Indian Civil Veterinary Department memoirs
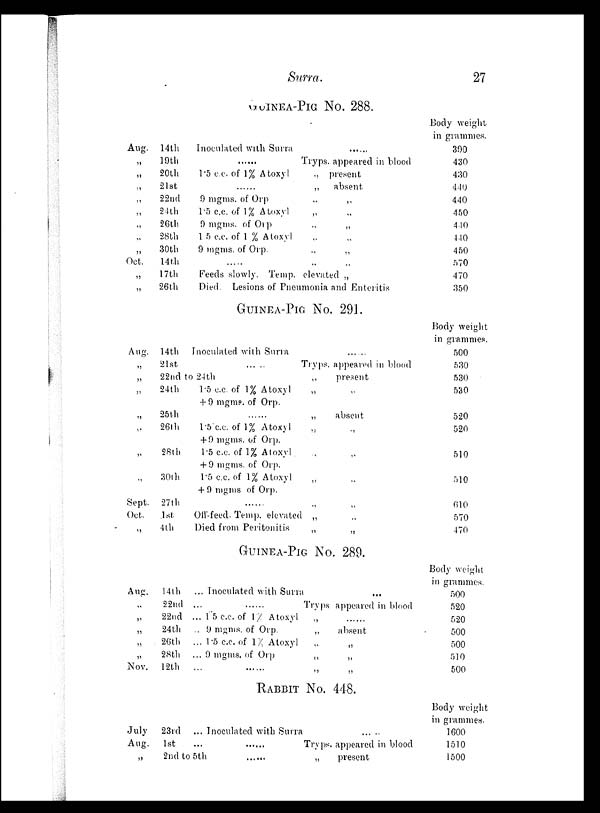
Surra.
27
GUINEA-PIG NO. 288.
Aug. 14th
„
19th
„
20th
„
21st
„
22nd
„
24th
„
26th
„
28th
„
30th
Oct.
14th
„
17th
„
26th
Inoculated with Surra ......
...... Tryps. appeared in blood
1.5 c.c. of 1% Atoxyl
„
present
..... „
absent
9 mgms. of Orp
„ „
1.5 c.c. of 1% Atoxyl „ „
9 mgms. of Orp
„ „
1 5 c.c. of 1 % Atoxyl „ „
9 mgms. of Orp. „ „
..... „
„
Feeds slowly. Temp. elevated „
Died. Lesions of Pneumonia and Enteritis
Body weight
in grammes.
390
430
430
440
440
450
440
440
450
570
470
350
GUINEA-PIG NO. 291.
Aug. 14th
„
21st
Inoculated with Surra ......
......
Tryps appeared in blood
„
22nd to 24th
„
present
„
24th
„
25th
„
26th
„
28th
„
30th
Sept.
27th
Oct.
1st
„
4th
1.5 c.c. of 1% Atoxyl
„ „
+ 9 mgms. of Orp.
..... „ absent
1.5 c.c. of 1% Atoxyl
„ „
+ 9 mgms. of Orp.
1.5 c.c. of 1% Atoxyl
„
„
+ 9 mgms. of Orp.
1.5 c.c. of 1% Atoxyl „ „
+ 9 mgms of Orp.
...... „
„
Off-feed. Temp. elevated „ „
Died from Peritonitis „ „
Body weight
in grammes.
500
530
530
530
520
520
510
510
610
570
470
GUINEA-PIG NO. 289.
Aug.
14th
„
22nd
„
22nd
„
24th
„
26th
„
28th
Nov.
12th
... Inoculated with Surra
...
... ...... Tryps appeared in blood
... 1.5 c.c. of 1% Atoxyl „ .....
... 9 mgms. of Orp.
„
absent
... 1.5 c.c. of 1% Atoxyl
„ „
... 9 mgms. of Orp
„
„
... ...... „ „
Body weight
in grammes.
500
520
520
500
500
510
500
RABBIT NO. 448.
July
23rd
... Inoculated with Surra
...
..
Aug.1st
...
......
Tryps. appeared in blood
„
2nd to 5th
......
„
present
Body weight
in grammes.
1600
1510
1500